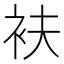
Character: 衭